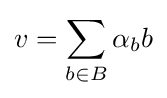
v=\sum _{b\in B}\alpha _{b}b